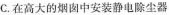
C.在高大的烟囱中安装静电除尘器